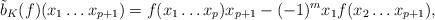
LaTeX: \begin{align*} \tilde{b}_K(f)( x_1 \ldots x_{p+1}) =f(x_1\ldots x_{p}) x_{p+1} -(-1)^m x_1 f(x_2 \ldots x_{p+1}),\end{align*}